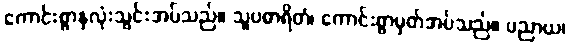
ကောင်းစွာနှလုံးသွင်းအပ်သည်။ သူပဓာရိတံ၊ ကောင်းစွာမှတ်အပ်သည်။ ပညာယ၊